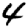
Digit: 4